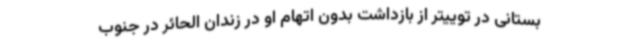
بستانی در توییتر از بازداشت بدون اتهام او در زندان الحائر در جنوب